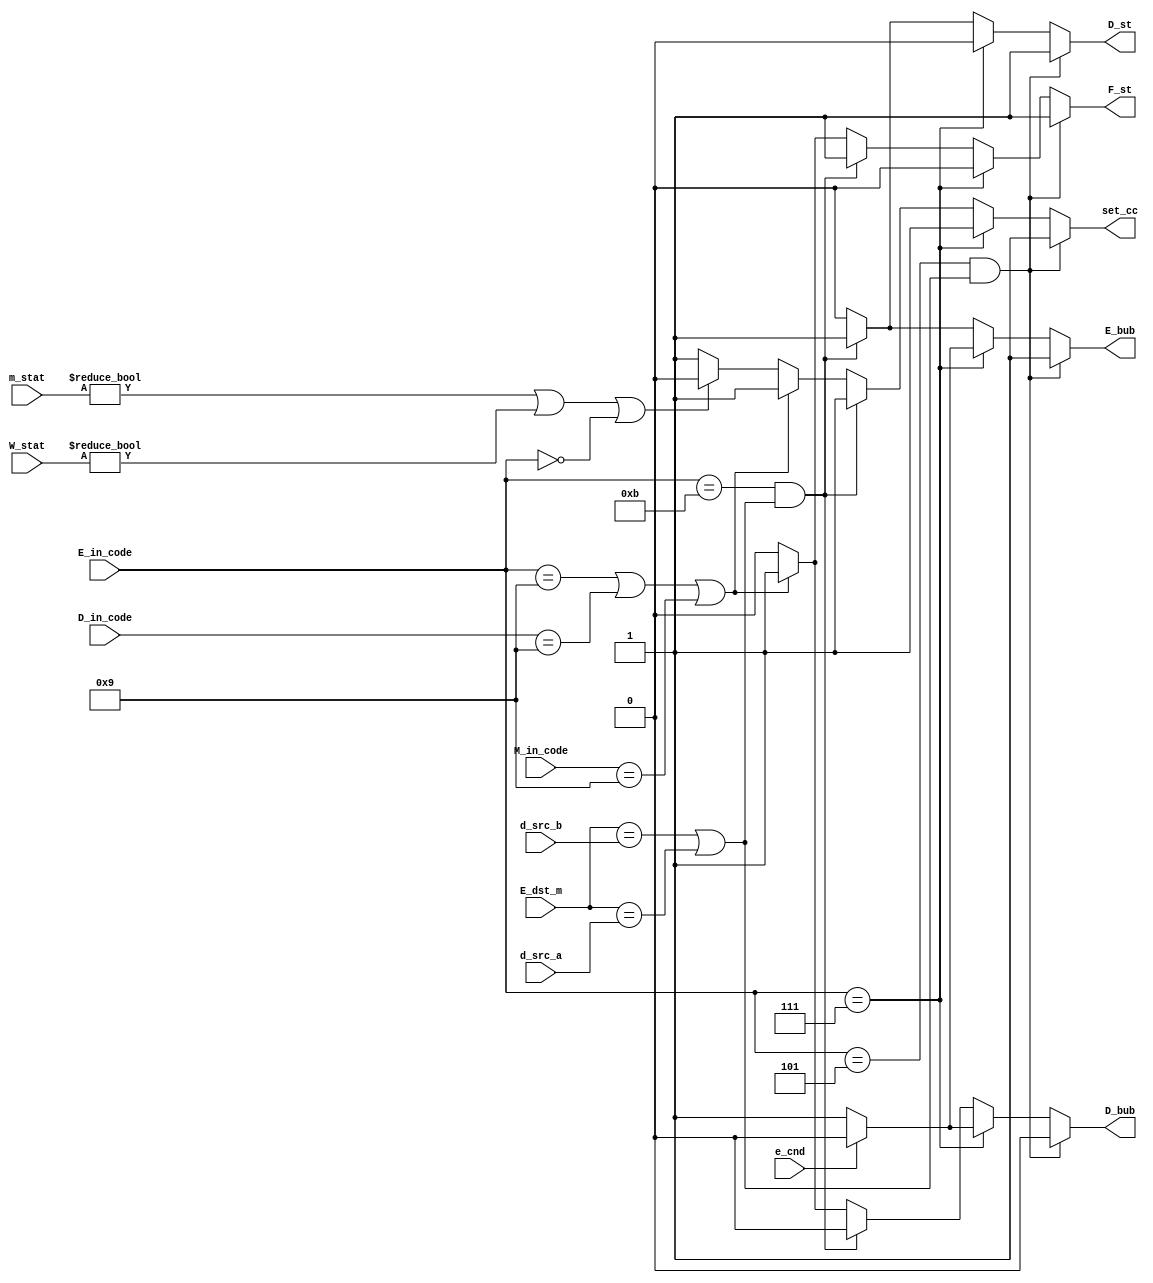
module p_control(
output reg F_st,
input e_cnd,
input [3:0] d_src_b,
input [3:0] M_in_code,
input [3:0] d_src_a,
output reg set_cc,
input [3:0] D_in_code,
output reg D_st,
input [1:0] W_stat,
output reg D_bub,
input [3:0] E_in_code,
input [3:0] E_dst_m,
output reg E_bub,
input [1:0] m_stat
);
reg pip_control_start;
reg pip_control_end;
initial begin
    pip_control_end=1'b0;
end
initial begin
    pip_control_start=1'b1;
end
always@(*)
begin
    set_cc=1;
    F_st=0;
    D_st=0;
    E_bub=0;
    D_bub=0;
       if(E_in_code==4'd5 & ((E_dst_m==d_src_b)|(E_dst_m==d_src_a)))
  begin
    pip_control_end=1;
    E_bub=1;
    D_st=1;
    F_st=1;
  end
    else if(E_in_code==4'd7)
    begin
        if(e_cnd==1)
        begin
            // no need
        end
        if(e_cnd==0)
        begin
          E_bub=1;
          D_bub=1;
        end
        pip_control_end=1;
    end 
 
  else if(E_in_code==4'd11 & ((E_dst_m==d_src_b)|(E_dst_m==d_src_a)))
  begin
    pip_control_end=1;
    E_bub=1;
    D_st=1;
    F_st=1;
  end
 
 else if(E_in_code==4'd9 | D_in_code==4'd9 | M_in_code==4'd9)
 begin
    D_bub=1;
    F_st=1;
    pip_control_end=1;
 end
 
else if (m_stat!=2'd0 | W_stat!=2'd0 |E_in_code==0)
begin
    pip_control_end=1;
    set_cc=1'b0;
end
end
endmodule